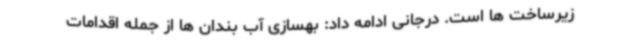
زیرساخت ها است. درجانی ادامه داد: بهسازی آب بندان ها از جمله اقدامات